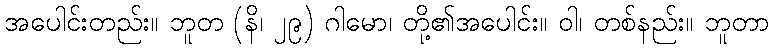
အပေါင်းတည်း။ ဘူတ (နိ၊ ၂၉) ဂါမော၊ တို့၏အပေါင်း။ ဝါ၊ တစ်နည်း။ ဘူတာ